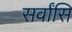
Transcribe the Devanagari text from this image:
सर्वांसि